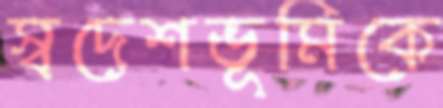
স্বদেশভূমিকে